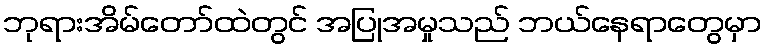
ဘုရားအိမ်တော်ထဲတွင် အပြုအမှုသည် ဘယ်နေရာတွေမှာ